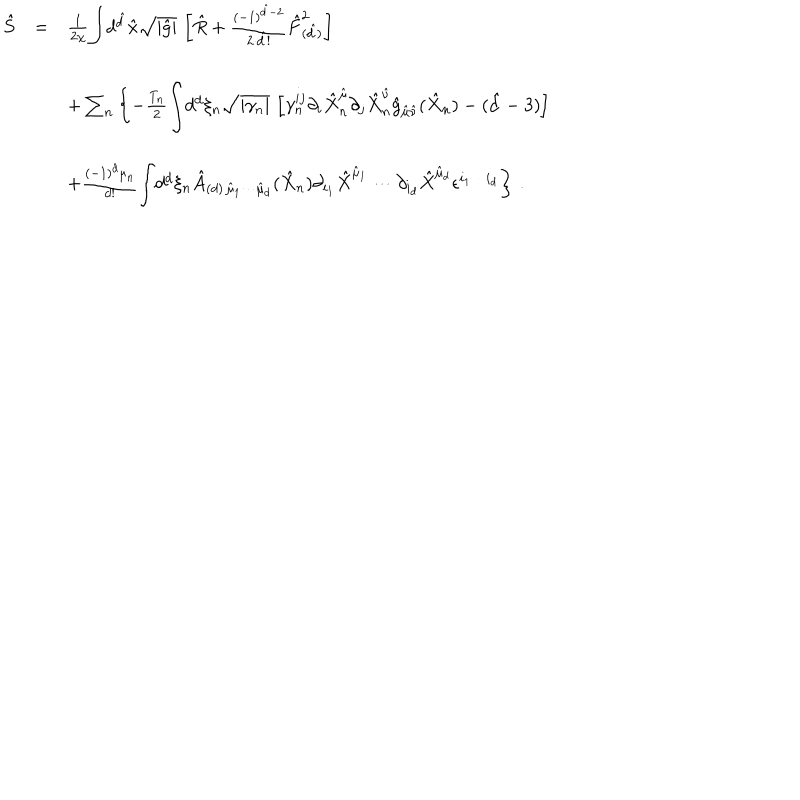
LaTeX: \begin{array} { r c l } { { \hat { S } } } & { { = } } & { { \frac { 1 } { 2 \chi } { \displaystyle \int } d ^ { \hat { d } } \hat { x } \sqrt { | \hat { g } | } \, \left[ \hat { R } + \frac { ( - 1 ) ^ { \hat { d } - 2 } } { 2 \cdot \hat { d } ! } \hat { F } _ { ( \hat { d } ) } ^ { 2 } \right] } } \\ { { } } & { { } } & { { } } \\ { { } } & { { } } & { { + \sum _ { n } \left\{ - \frac { T _ { n } } { 2 } { \displaystyle \int } d ^ { d } \xi _ { n } \sqrt { | \gamma _ { n } | } \, \left[ \gamma _ { n } ^ { i j } \partial _ { i } \hat { X } _ { n } ^ { \hat { \mu } } \partial _ { j } \hat { X } _ { n } ^ { \hat { \nu } } \hat { g } _ { \hat { \mu } \hat { \nu } } ( \hat { X } _ { n } ) - ( \hat { d } - 3 ) \right] \right. } } \\ { { } } & { { } } & { { } } \\ { { } } & { { } } & { { \left. + \frac { ( - 1 ) ^ { d } \mu _ { n } } { d ! } { \displaystyle \int } d ^ { d } \xi _ { n } \hat { A } _ { ( d ) \, \hat { \mu } _ { 1 } \cdots \hat { \mu } _ { d } } ( \hat { X } _ { n } ) \partial _ { i _ { 1 } } \hat { X } ^ { \hat { \mu } _ { 1 } } \cdots \partial _ { i _ { d } } \hat { X } ^ { \hat { \mu } _ { d } } \epsilon ^ { i _ { 1 } \cdots i _ { d } } \right\} \, . } } \\ \end{array}